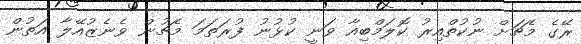
ރޭގެ މެޗަށް ނުކުތްއިރު ކޮލަމްބިއާ ވަނީ ކުޅުނު ފުރަތަމަ މެޗުން ވެނެޒުއޭލާ އަތުން